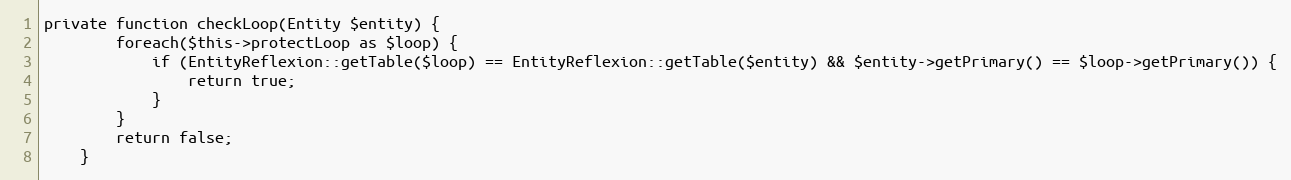
Language: PHP
private function checkLoop(Entity $entity) {
		foreach($this->protectLoop as $loop) {
			if (EntityReflexion::getTable($loop) == EntityReflexion::getTable($entity) && $entity->getPrimary() == $loop->getPrimary()) {
				return true;
			}
		}
		return false;
	}